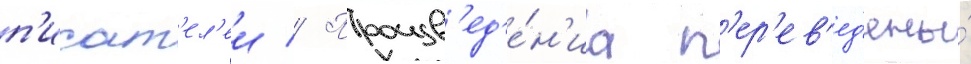
п'исат'ел'еи // Произв'ед'е́н'иа п'ер'ев'ед'ены́